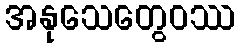
အနုသေတွေဝဿ